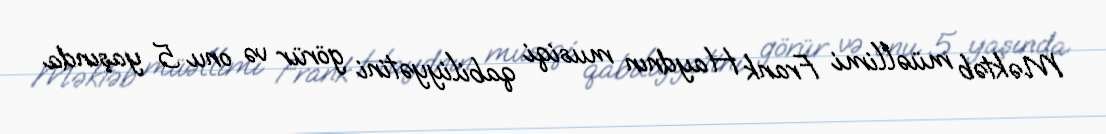
Məktəb müəllimi Frank Haydnın musiqi qabiliyyətini görür və onu 5 yaşında